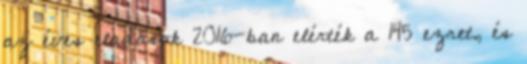
az éves eladások 2016-ban elérték a 145 ezret, és